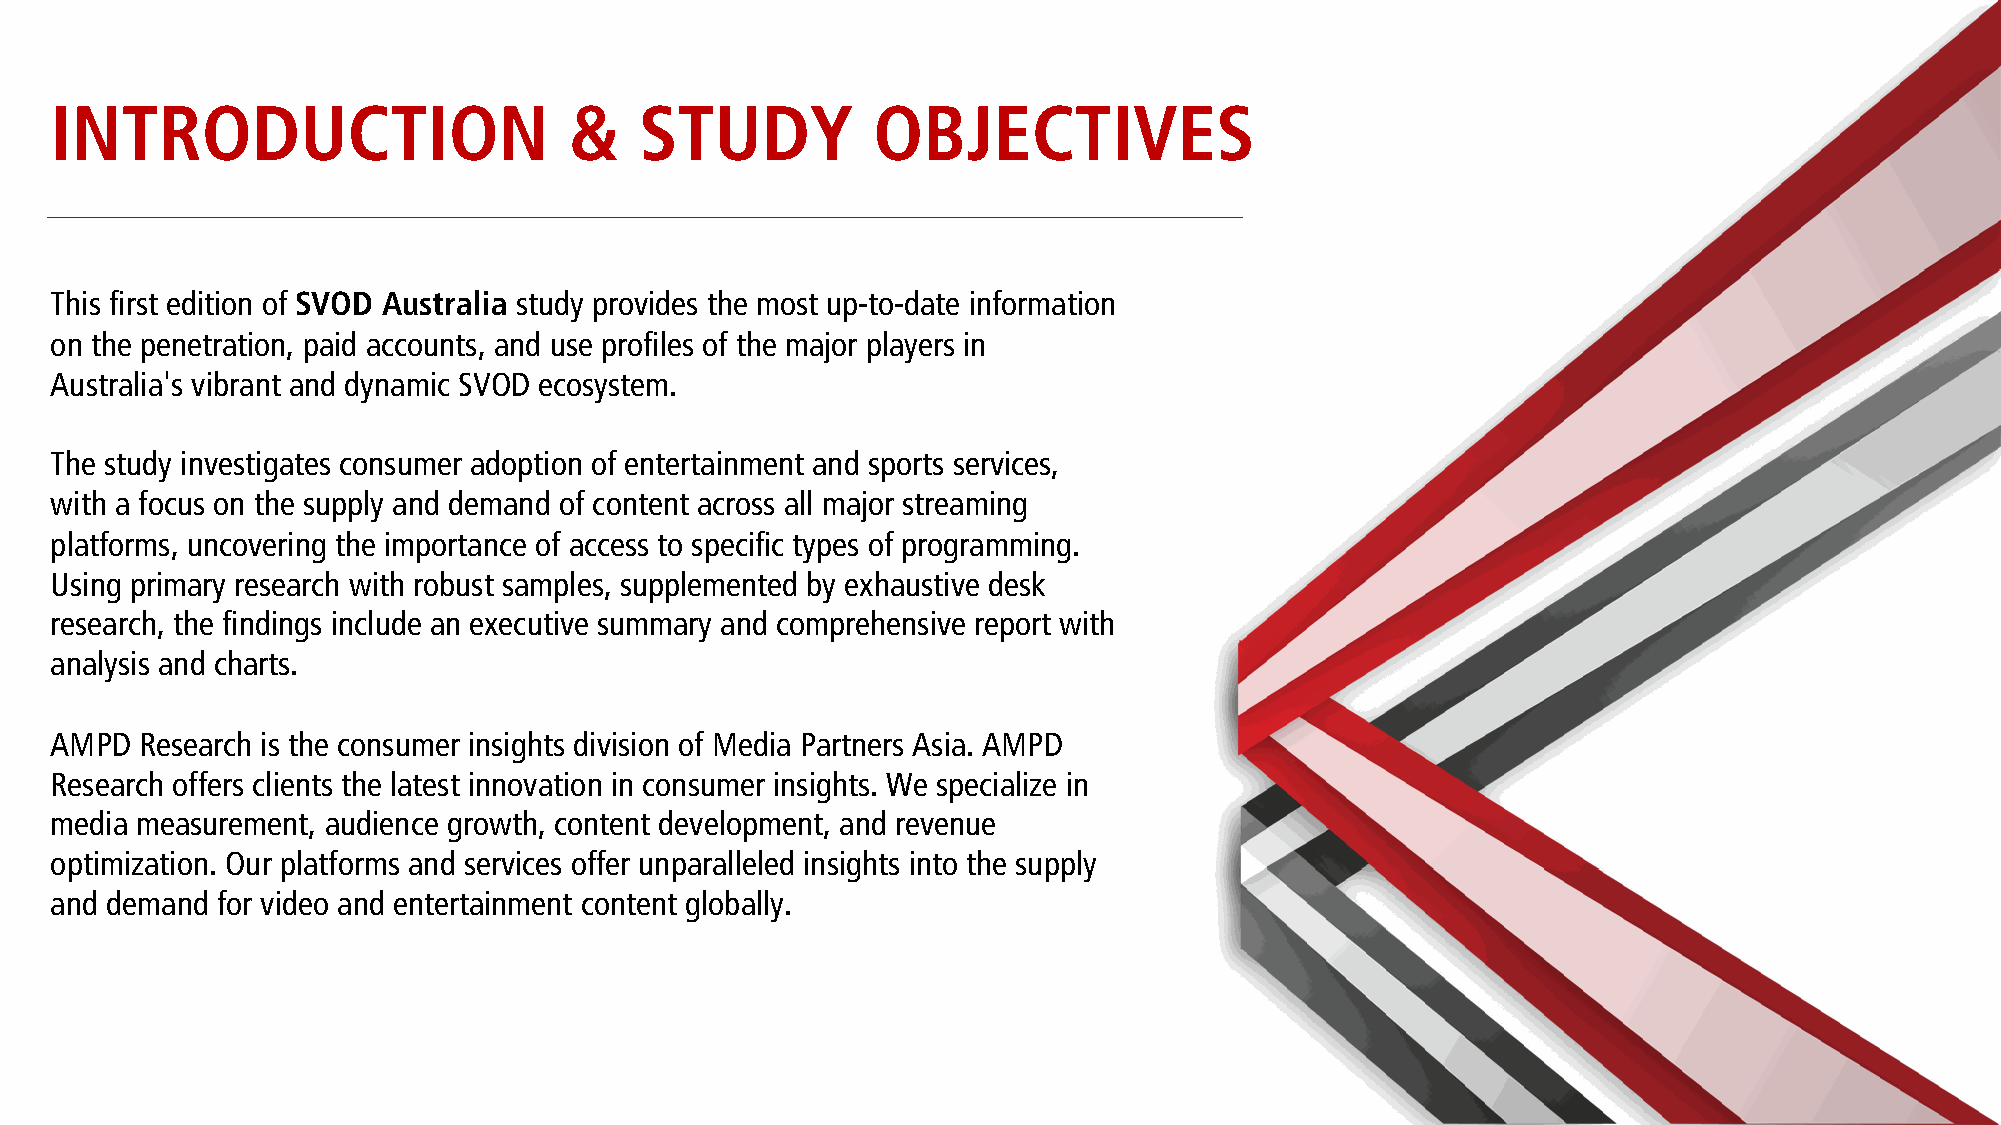
INTRODUCTION                       &   STUDY           OBJECTIVES
 This first edition of SVOD Australia study provides the most up-to-date information
 on the penetration, paid accounts, and use profiles of the major players in
 Australia's vibrant and dynamic SVOD ecosystem.
 The study investigates consumer adoption of entertainment and sports services,
 with a focus on the supply and demand of content across all major streaming
 platforms, uncovering the importance of access to specific types of programming.
 Using primary research with robust samples, supplemented by exhaustive desk
 research, the findings include an executive summary and comprehensive report with
 analysis and charts.
 AMPD  Research is the consumer insights division of Media Partners Asia. AMPD
 Research offers clients the latest innovation in consumer insights. We specialize in
 media measurement, audience growth, content development, and revenue
 optimization. Our platforms and services offer unparalleled insights into the supply
 and demand for video and entertainment content globally.
 4